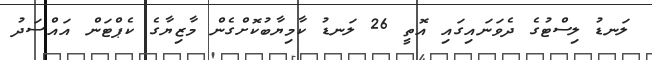
ލަނޑު ލިސްޓުގެ ދެވަނައިގައި އޮތީ 26 ލަނޑު ކާމިޔާބުކޮށްގެން މާޒިޔާގެ ކެޕްޓަން އައްސަދު